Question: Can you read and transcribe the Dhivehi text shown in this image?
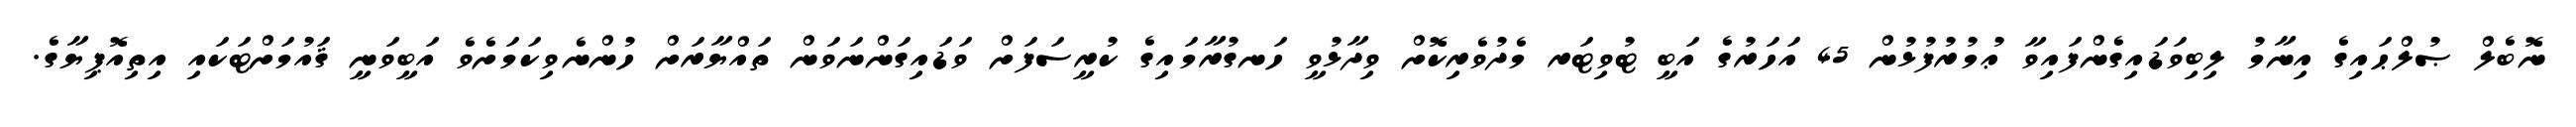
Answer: ނޮބެލް ޞުލްޙައިގެ އިނާމު ލިބިވަޑައިގެންފައިވާ ޢުމުރުފުޅުން 45 އަހަރުގެ އަބީ ޓުވިޓަރ މެދުވެރިކޮށް ވިދާޅުވީ ހަނގުރާމައިގެ ކުރީސަފަށް ވަޑައިގަންނަވަން ތައްޔާރަށް ހުންނެވިކަމަށެވެ އަބީވަނީ ޤައުމަށްޓަކައި އިތިއޮޕިޔާގެ.